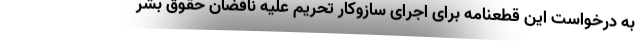
به درخواست این قطعنامه برای اجرای سازوکار تحریم علیه ناقضان حقوق بشر